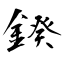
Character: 鍨